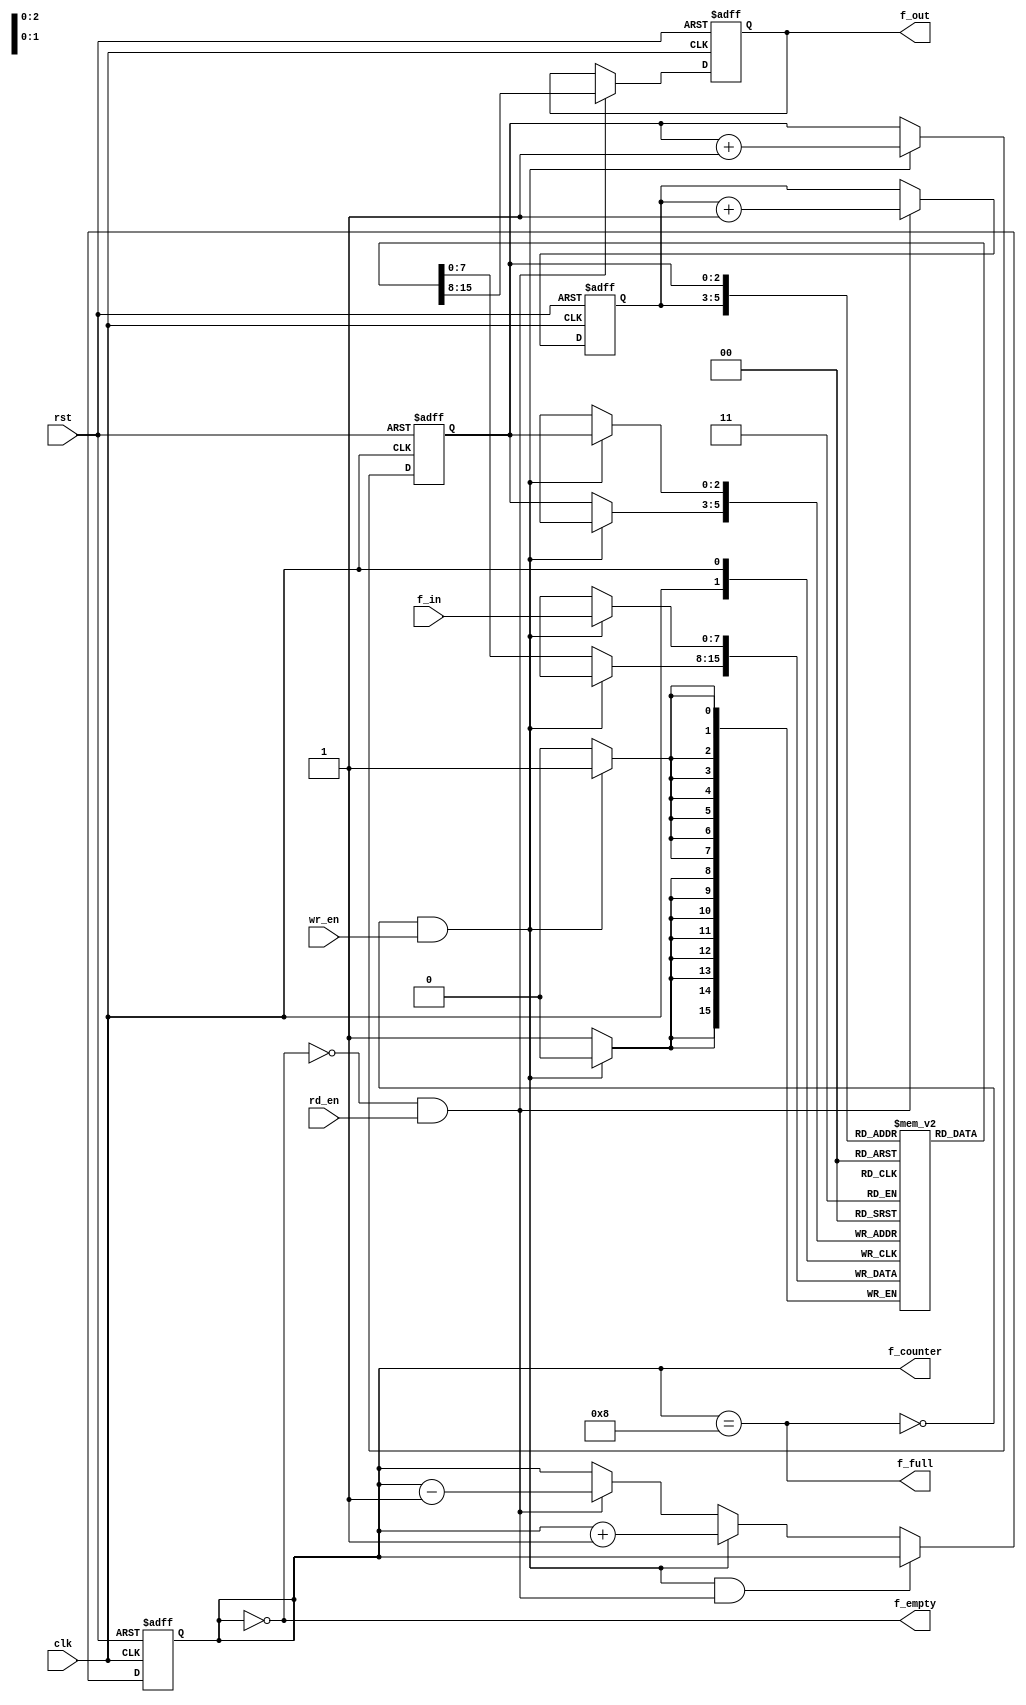
`define FWIDTH 3    // FSIZE = 16 -> FWIDTH = 4, no. of bits to be used in pointer
`define FSIZE ( 1<<`FWIDTH )

module FIFO( clk, rst, f_in, f_out, wr_en, rd_en, f_empty, f_full, f_counter );

input                 rst, clk, wr_en, rd_en;   
// reset, system clock, write enable and read enable.
input [7:0]           f_in;                   
// data input to be pushed to buffer
output[7:0]           f_out;                  
// port to output the data using pop.
output                f_empty, f_full;      
// buffer empty and full indication 
output[`FWIDTH :0] f_counter;             
// number of data pushed in to buffer   

reg[7:0]              f_out;
reg                   f_empty, f_full;
reg[`FWIDTH :0]    f_counter;
reg[`FWIDTH -1:0]  rd_ptr, wr_ptr;           // pointer to read and write addresses  
reg[7:0]              f_mem[`FSIZE -1 : 0]; //  

always @(f_counter)
begin
   f_empty = (f_counter==0);
   f_full = (f_counter== `FSIZE);

end

always @(posedge clk or posedge rst)
begin
   if( rst )
       f_counter <= 0;

   else if( (!f_full && wr_en) && ( !f_empty && rd_en ) )
       f_counter <= f_counter;

   else if( !f_full && wr_en )
       f_counter <= f_counter + 1;

   else if( !f_empty && rd_en )
       f_counter <= f_counter - 1;
   else
      f_counter <= f_counter;
end

always @( posedge clk or posedge rst)
begin
   if( rst )
      f_out <= 0;
   else
   begin
      if( rd_en && !f_empty )
         f_out <= f_mem[rd_ptr];

      else
         f_out <= f_out;

   end
end

always @(posedge clk)
begin

   if( wr_en && !f_full )
      f_mem[ wr_ptr ] <= f_in;

   else
      f_mem[ wr_ptr ] <= f_mem[ wr_ptr ];
end

always@(posedge clk or posedge rst)
begin
   if( rst )
   begin
      wr_ptr <= 0;
      rd_ptr <= 0;
   end
   else
   begin
      if( !f_full && wr_en )    wr_ptr <= wr_ptr + 1;
          else  wr_ptr <= wr_ptr;

      if( !f_empty && rd_en )   rd_ptr <= rd_ptr + 1;
      else rd_ptr <= rd_ptr;
   end

end
endmodule